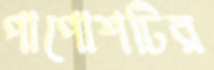
পাপোশটির